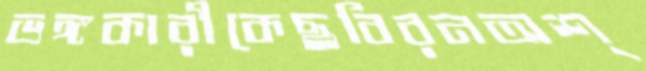
ভঙ্গকারীকেছবিরনঅশ্